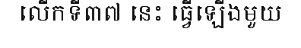
លើកទី៣៧ នេះ ធ្វើឡើងមួយ